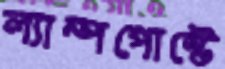
ল্যাম্পপোস্টে